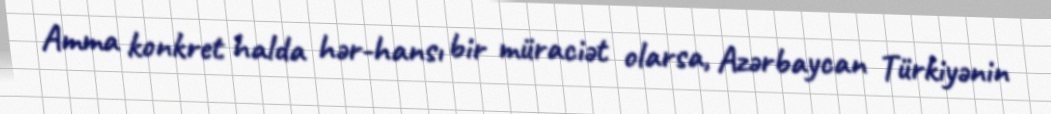
Amma konkret halda hər-hansı bir müraciət olarsa, Azərbaycan Türkiyənin